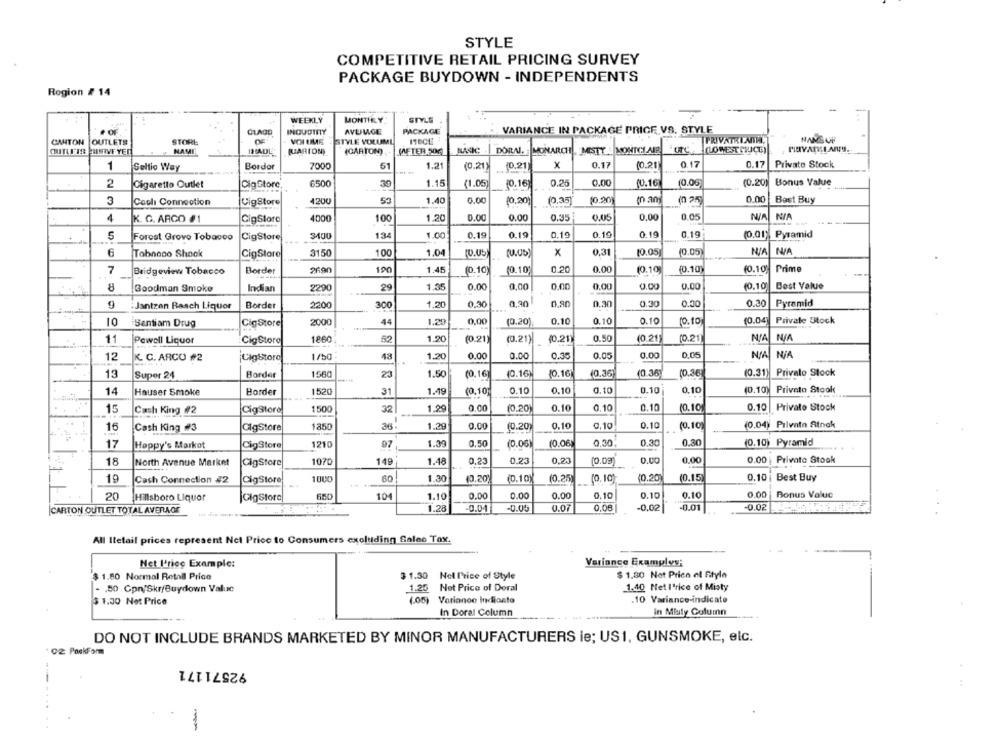
STYLE
COMPETITIVE RETAIL PRICING SURVEY
PACKAGE BUYDOWN - INDEPENDENTS
Rogion # 14
WEEKLY
MONTHLY
STYLE
INDUSTRY
PACKAGE
VARIANCE IN PACKAGE PRICE VS. STYLE
CANTON OUTLETS
STORE
VOI LIME
STYLE VOLUME
PRIVATRIMINI,
NAMB OF
MISTTE MONTHS AIP
(LOWEST CHUCE)
TIVARLLAN !.
CUITLFIR BINIVE YER
NAMI
ITADE
QUARTON)
METER 506
DORA. MONARCH
51
1.2
10,21
0.17
(0.21
0.17
0.17
Private Stock
1
Seltio Way
Bordor
7000
(0.21)
2
Cigaretto Outlet
DigStore
6500
30
1.15
(1.05)
(0.16
0.25
0.00
(0.16
(0.06)
(0.20)
Bonus Value
3
CigStore
1200
53
1.40
0.00
10,20
(0,35
10.20
mam
(0 25)
0.00
Best Buy
Cool Connection
0.00
0.00
0.05
NA
4
K. G. ARCO #1
CigStore
4000
100
1.20
0.00
0.35
0.05
5
Forcat Grove Tobacco
CigStore
3400
134
1.00
0.19
0.19
0.19
0.19
0.19
0.19
(0.01) Pyramid
6
Tobacco Shock
CigStore
3150
1.04
10.05
(U.Us)
X
0,31
10.05
(0.05
N/A N/A
100
190
0.20
(0.10 Prime
7
Bridgeview Tobacco
Border
1.45
(0.10)
(0.10
0.00
10.10
(0.10)
8
Goodman Smoke
Indian
2290
29
1.35
0.00
0,00
0.00
0.00
0.00
0.00
(0.10
Best Value
9
Border
2200
300
1.20
0,30
0,30
0.90
0.30
0.30
0.30
0.30
Pyramid
:Jantzen Rasch Liquor
0.00
0.10
0.10
0.10
10.04
Private Stock
10
Santiam Drug
CigStore
2000
44
1.20
(0.20)
10.10
11
Powell Liquor
CigStore
1860
1.90
(0.21)
(0.21)
10.21
0.50
(0.21)
(0.21)
12
CigStoro
1/20
18
1.20
0.00
0.00
0.35
0.05
0.00
0,05
K. C. ARCO #2
(0.16
(0.36
Privato Stock
13
Super 24
Border
1560
23
1.50
(0,16]
10.16
(0.36)
(0.36]
(0.31)
14
Hauser Smoke
Border
1520
31
1.49
(0,10)
0.10
0.10
0.10
0.10
0.10
(0.10) Privata Stook
1500
32
1.29
0.00
10.20
0.10
0,10
0.10
(0.10
0.10
Privato Stock
15
Cash King #2
CigStore
0.10
0.10
(0.04) Pilvatn Atnok
16
Cash King #3
CigStore
1850
36
1.20
0.00
10.20
0,10
17
Happy's Markot
CioStore
1210
97
1.30
0.50
(0.06
10.06
0,30
0.30
0.30
(0.10) Pyramid
18
1070
149
1.48
0.23
0.23
0.23
(0.03
0.00
0.00
0.00
Private Stook
North Avenue Market
CigStore
19
Cash Connection #2
CigStore
1000
60
1.30
(0.20
(0.10
(0.25)
(0.10)
(0.20
(0.15)
0.10
Best Buy
20
Hillsboro Liquor
GigStore
10
1.10
0.00
0.00
0.00
0.10
0.10
0.10
0.00
Bonus Valuc
CARTON OUTLET TOTAL AVERAGE
1.28
-0.00
0.07
0.08
-0.02
-0.01
-0.02
All Itetail prices represent Not Price to Consumers excluding Sales Tax.
Net I'rice Example:
Variance Exampley:
$ 1.80 Normal Retail Price
3 1.30 Nel Price of Style
$ 1.80 Not Prich el Style
Not Price of Doral
1.40 Nell'rice of Misty
- 50 Cpn/Skr/Buydown Value
1.25
$ 1.30 Net Price
(.00)
Variance Indicata
.10 Variance-indicato
In Doral Column
in Misty Column
DO NOT INCLUDE BRANDS MARKETED BY MINOR MANUFACTURERS le; US1, GUNSMOKE, elc.
02 PackForm
92571171
-